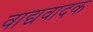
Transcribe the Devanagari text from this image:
वाद्यवादक